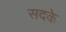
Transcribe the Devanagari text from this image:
सदके